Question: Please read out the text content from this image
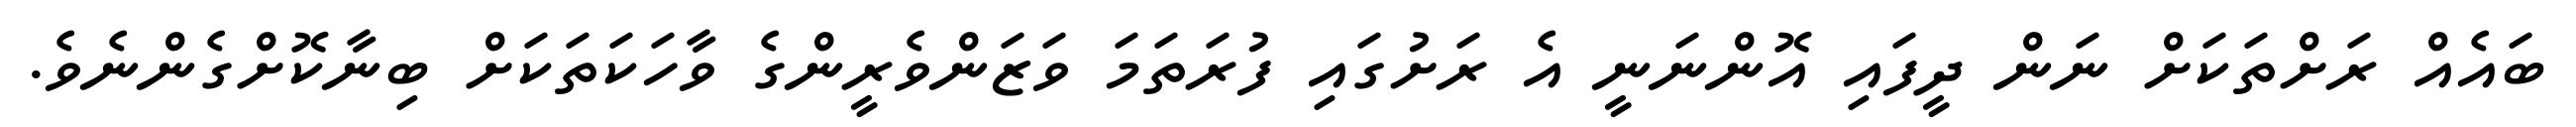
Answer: ބައެއް ރަށްތަކަށް ނަން ދީފައި އޮންނަނީ އެ ރަށުގައި ފުރަތަމަ ވަޒަންވެރީންގެ ވާހަކަތަކަށް ބިނާކޮށްގެންނެވެ.